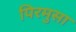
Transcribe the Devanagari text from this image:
पिरमुसा